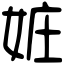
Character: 㛇